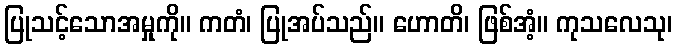
ပြုသင့်သောအမှုကို။ ကတံ၊ ပြုအပ်သည်။ ဟောတိ၊ ဖြစ်အံ့။ ကုသလေသု၊